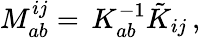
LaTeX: M_{ab}^{ij}=\, K_{ab}^{-1}\tilde{K}_{ij}\, ,